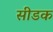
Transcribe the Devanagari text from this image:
सीडक